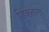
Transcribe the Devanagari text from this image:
शिंकताना